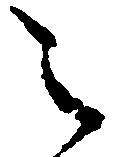
被